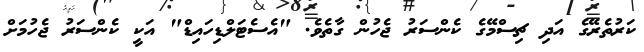
ކަރުތެރޭގެ އަދި ޗިސްމޭގެ ކެންސަރު ޖެހުން ގާތެވެ. "އެސެޓަލްޑިހައިޑް" އަކީ ކެންސަރު ޖެހުމަށް